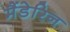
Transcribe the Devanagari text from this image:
मैंडेरिन